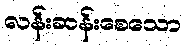
လန်းဆန်းစေသော